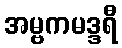
အမ္ဗကမဒ္ဒရီ